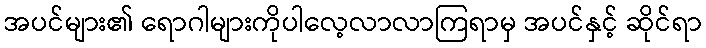
အပင်များ၏ ရောဂါများကိုပါလေ့လာလာကြရာမှ အပင်နှင့် ဆိုင်ရာ